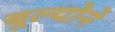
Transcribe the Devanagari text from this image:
बूल्योने